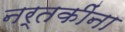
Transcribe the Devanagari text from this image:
नर्तकींना